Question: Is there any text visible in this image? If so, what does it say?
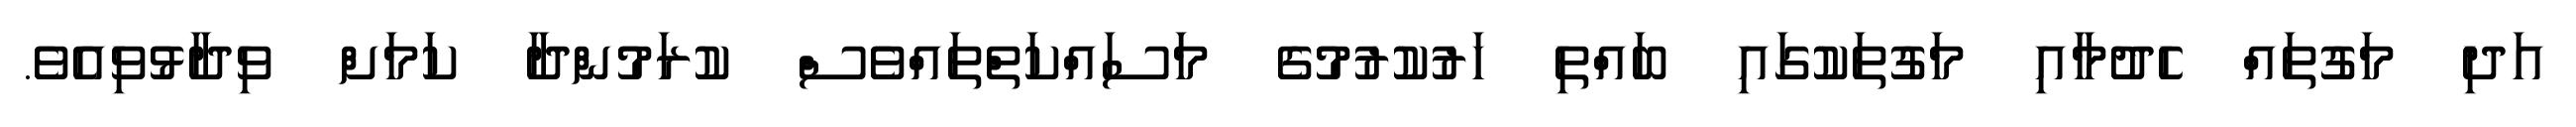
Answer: އަދި މަގުތައް ހެދުމާއި މަގުތަކުގައި ބައްތި ހަރުކުރުމުގެ މަސައްކަތްތައްވެސް ކުރަމުންދާ ކަމަށް ވިދާޅުވިއެވެ.